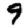
Digit: 9